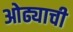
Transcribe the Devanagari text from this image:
ओढ्याची